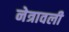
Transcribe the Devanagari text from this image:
नेत्रावली